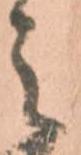
之